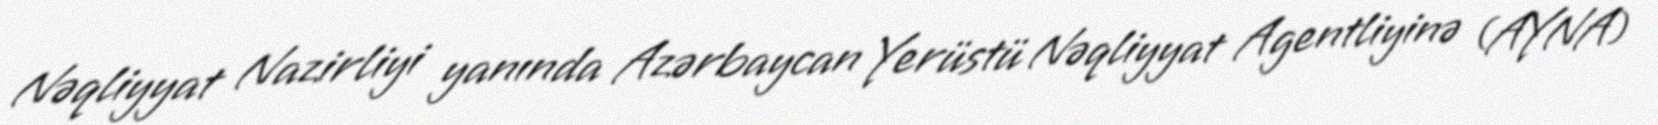
Nəqliyyat Nazirliyi yanında Azərbaycan Yerüstü Nəqliyyat Agentliyinə (AYNA)